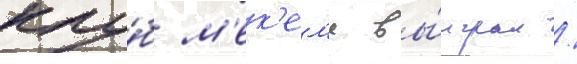
клу́б м'ек'ел'я вы́играл /